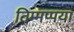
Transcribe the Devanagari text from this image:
तिम्मप्पया